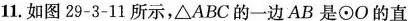
11.如图29-3-11所示，△ABC的一边AB是\odot O的直